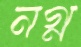
নগ্ন